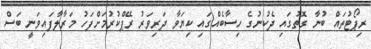
ރިޕޯޓުތައް ބުނާ ގޮތުގައި ދެކުނުގެ ހިސާބެއްގައި ކިޔަވާ ދަރިވަރު ރޭޕްކުރުމަށްފަހު މަރާލާފައިވަނީ ބަސް